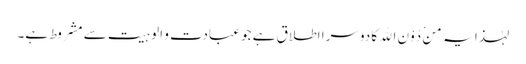
لہٰذا یہ مِنْ دُوْنِ اللهِ کا دوسرا اطلاق ہے جو عبادت و الوہیت سے مشروط ہے۔